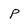
Character: p